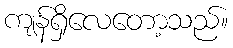
ကျန်ရှိလေတော့သည်။